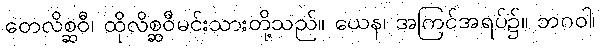
တေလိစ္ဆဝီ၊ ထိုလိစ္ဆဝီမင်းသားတို့သည်။ ယေန၊ အကြင်အရပ်၌။ ဘဂဝါ၊